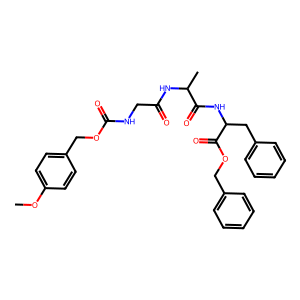
SMILES: COc1ccc(COC(=O)NCC(=O)NC(C)C(=O)NC(Cc2ccccc2)C(=O)OCc2ccccc2)cc1
Inhibits HIV replication: No